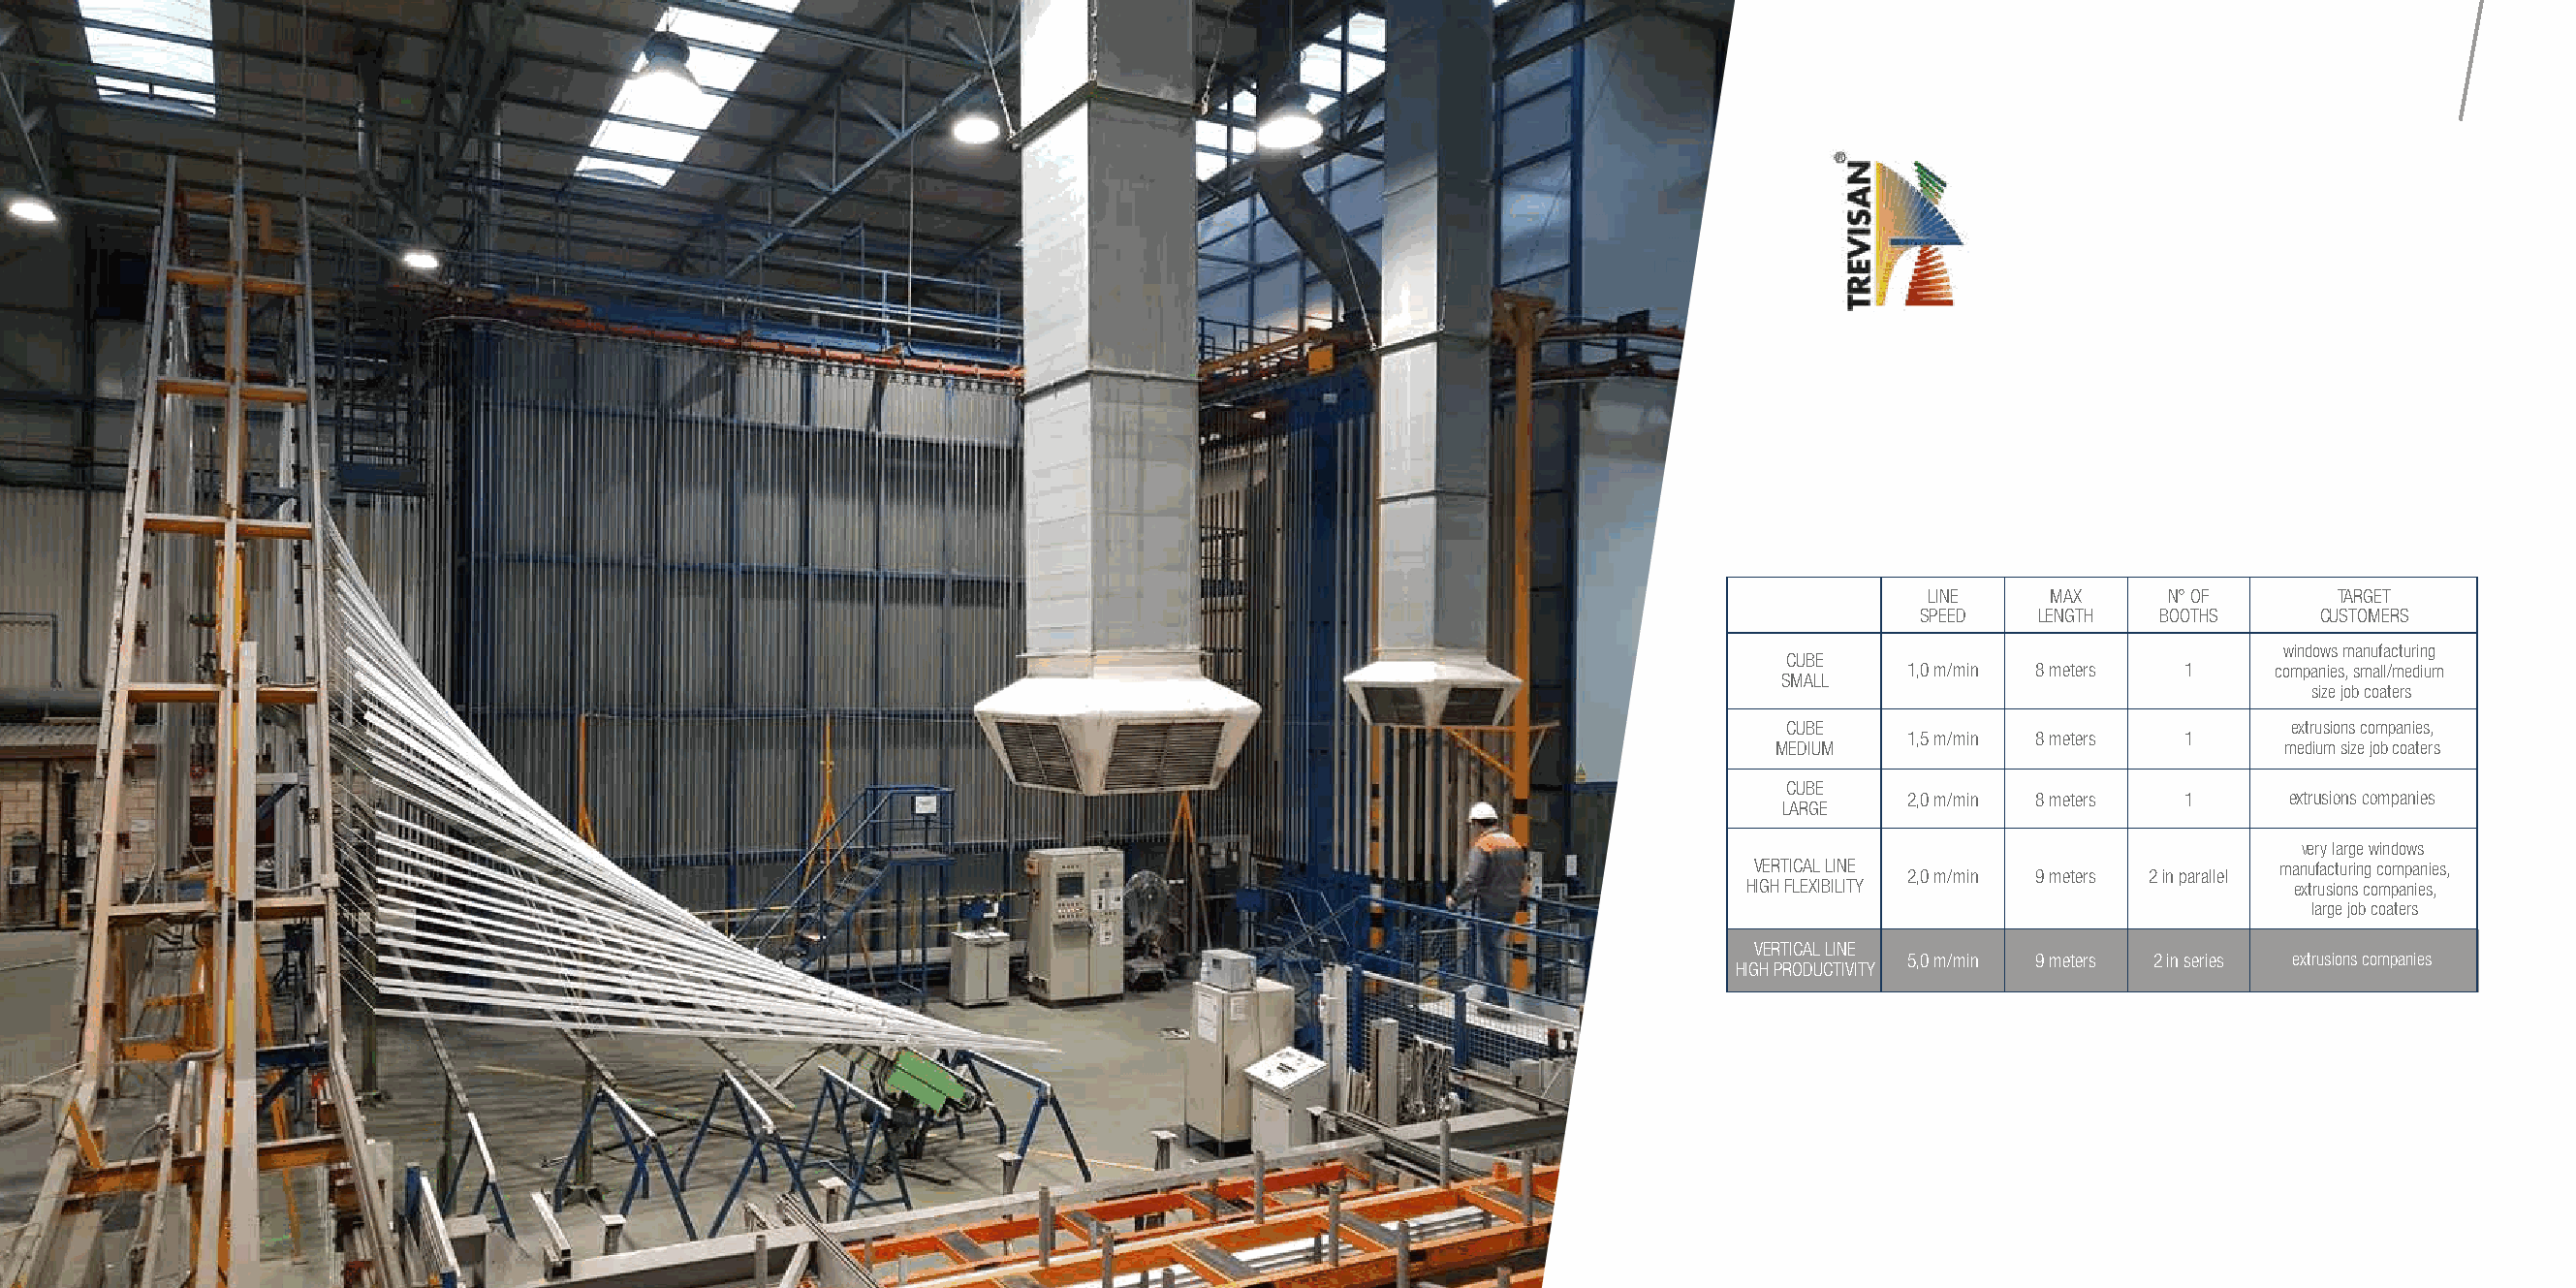
About us
 LINE    MAX     N° OF       TARGET
 SPEED   LENGTH  BOOTHS     CUSTOMERS
 windows manufacturing
 CUBE
 1,0 m/min 8 meters 1     companies, small/medium
 SMALL
 size job coaters
 CUBE                              extrusions companies,
 1,5 m/min 8 meters 1
 MEDIUM                             medium size job coaters
 CUBE
 2,0 m/min 8 meters 1      extrusions companies
 LARGE
 very large windows
 VERTICAL LINE                       manufacturing companies,
 2,0 m/min 9 meters 2 in parallel
 HIGH FLEXIBILITY                      extrusions companies,
 large job coaters
 VERTICAL LINE
 5,0 m/min 9 meters 2 in series extrusions companies
 HIGH PRODUCTIVITY